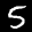
Label: 5